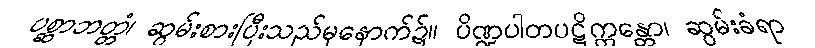
ပစ္ဆာဘတ္တံ၊ ဆွမ်းစားပြီးသည်မှနောက်၌။ ပိဏ္ဍပါတပဋိက္ကန္တော၊ ဆွမ်းခံရာ